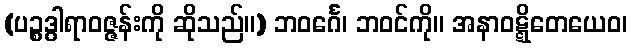
(ပဉ္စဒွါရာဝဇ္ဇန်းကို ဆိုသည်။) ဘဝင်္ဂေ၊ ဘဝင်ကို။ အနာဝဋ္ဋိတေယေဝ၊